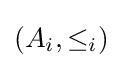
(A_{i},\leq _{i})